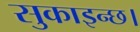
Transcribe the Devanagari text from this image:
सुकाइन्छ।